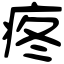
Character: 疼